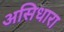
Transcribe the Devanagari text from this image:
असिधारा